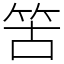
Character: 䇢